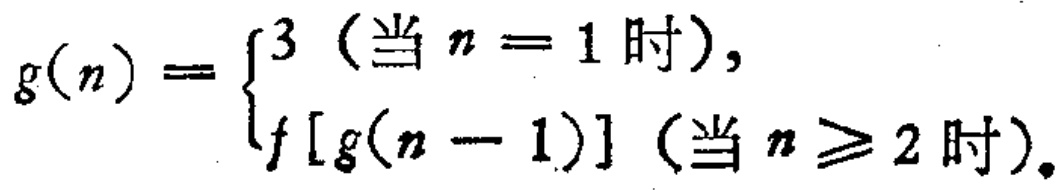
\(g(n)=\begin{cases}3\ (\text{当 }n = 1\text{ 时}),\\f[g(n - 1)]\ (\text{当 }n\geq2\text{ 时}).\end{cases}\)